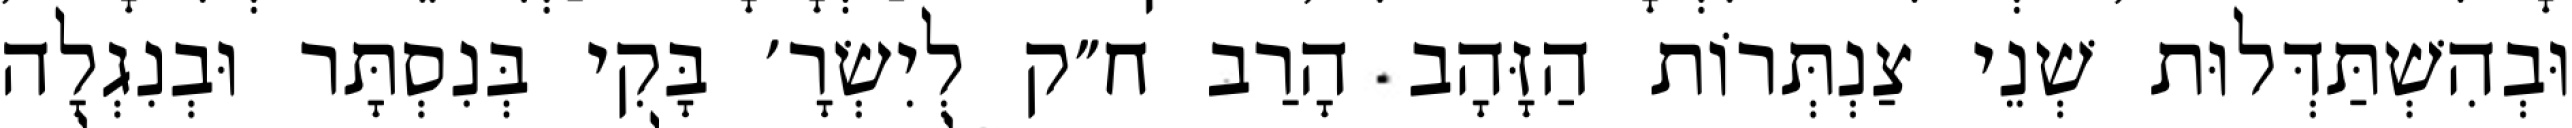
וּבְהִשְׁתַּדְּלוּת שְׁנֵי צַנְתְּרוֹת הַזָּהָב הָרַב ח״ק לְיִשְׂרָ׳ בָּקִי בְּנִסְתָּר וּבְנִגְלָה